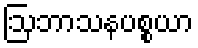
ဩဘာသနပစ္စယာ